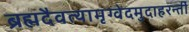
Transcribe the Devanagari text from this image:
ब्रह्मदैवत्यामृग्वेदमुदाहरन्तीं